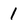
Character: 1